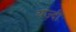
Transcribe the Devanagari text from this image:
यज़्दी